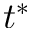
t ^ { \ast }